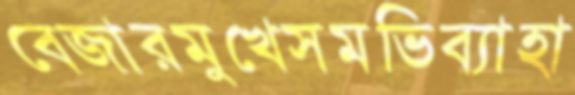
বেজারমুখেসমভিব্যাহা